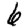
Digit: 6